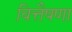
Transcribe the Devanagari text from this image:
वित्तैषणा